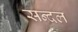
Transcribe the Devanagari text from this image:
सन्दल